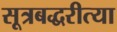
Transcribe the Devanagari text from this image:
सूत्रबद्धरीत्या